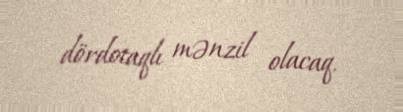
dördotaqlı mənzil olacaq.